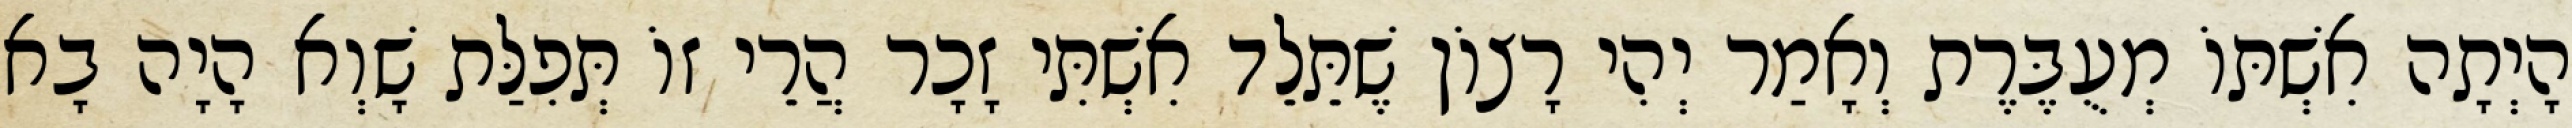
הָיְתָה אִשְׁתּוֹ מְעֻבֶּרֶת וְאָמַר יְהִי רָצוֹן שֶׁתֵּלֵד אִשְׁתִּי זָכָר הֲרֵי זוֹ תְּפִלַּת שָׁוְא הָיָה בָא